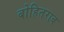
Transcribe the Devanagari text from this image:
बोहितराव